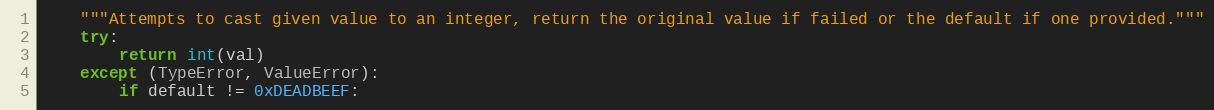
Language: Python
    """Attempts to cast given value to an integer, return the original value if failed or the default if one provided."""
    try:
        return int(val)
    except (TypeError, ValueError):
        if default != 0xDEADBEEF: